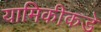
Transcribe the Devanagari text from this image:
यामिकीकडे